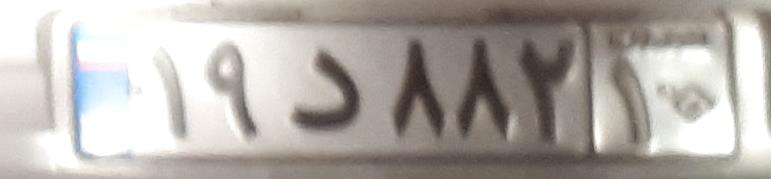
۱۹د۸۸۲۱۰